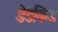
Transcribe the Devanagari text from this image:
डेडकिंड